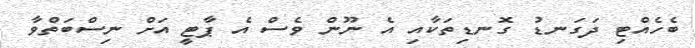
ބެހެއްޓި ދަގަނޑު ގޮނޑިތަކާއި އެ ނޫން ވެސް އެ ޕާޓީ އަށް ނިސްބަތްވާ